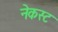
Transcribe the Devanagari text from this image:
नेकस्ट